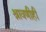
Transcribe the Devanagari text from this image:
श्रावणीही